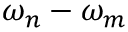
\omega _ { n } - \omega _ { m }